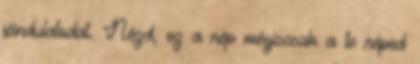
jóindulatodat. Nézd, ez a nép mégiscsak a te néped